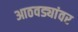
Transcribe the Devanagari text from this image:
आठवड्यांवर